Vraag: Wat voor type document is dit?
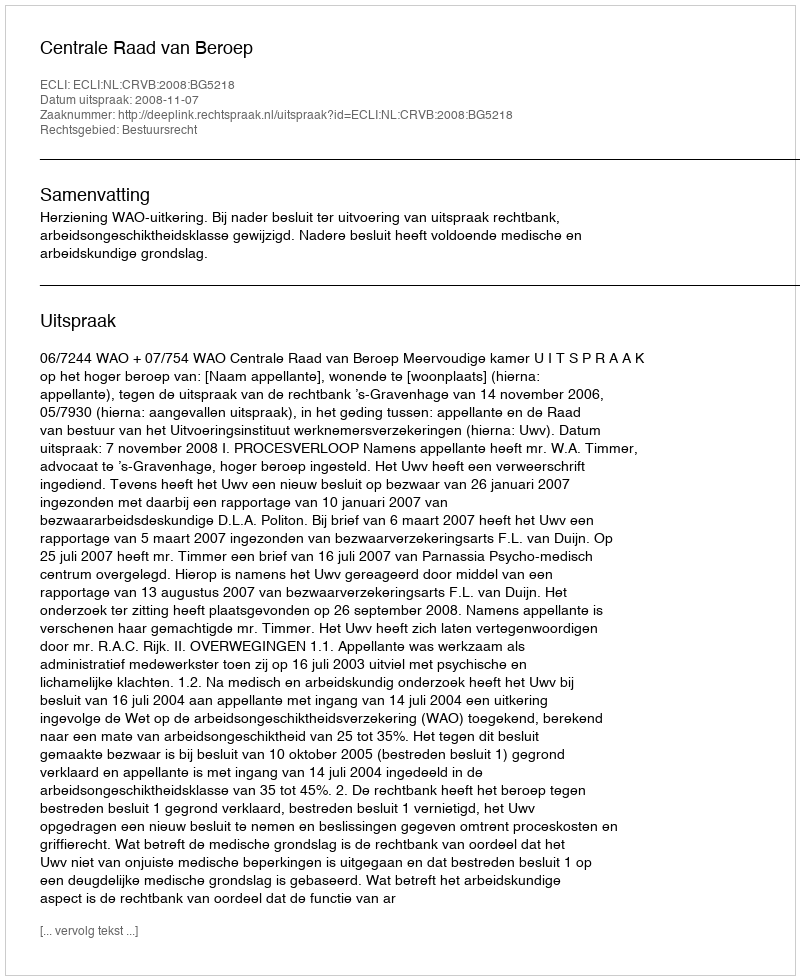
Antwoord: Uitspraak